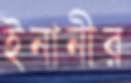
ইনানীর